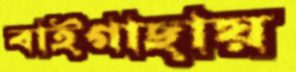
বাইগাছায়